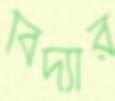
বিদ্যার